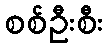
စစ်ဦးစီး